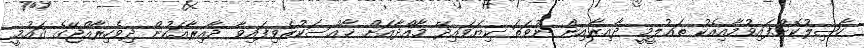
ހާޞިލުކޮށްފައިވުމާއިއެކު ތަޢުލީމީ ދާއިރާއިން ނުވަތަ ކިޔަވައިދޭ މާއްދާއަށް ޚާއްސަކުރެވިފައިވާ ދާއިރާއަކުން ދިވެހިރާއްޖޭގެ ޤައުމީ